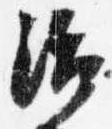
治